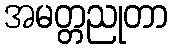
အမတ္တညုတာ